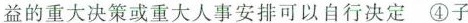
益的重大决策或重大人事安排可以自行决定④子